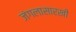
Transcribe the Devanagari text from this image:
जंगलासारखी